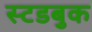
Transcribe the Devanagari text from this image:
स्टडबुक